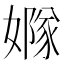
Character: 𡡦